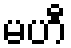
မဟီ